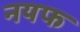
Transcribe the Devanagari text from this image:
नयफ